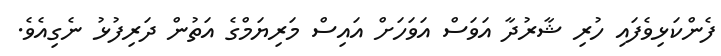
ފެންކަޅިވެފައި ހުރި ޝާރުދާ އަވަސް އަވަހަށް އައިސް މަރިޔަމްގެ އަތުން ދަރިފުޅު ނެގިއެވެ.